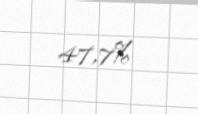
47,7%